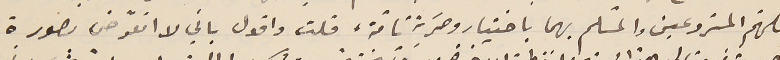
اللهّم المشروعين والمسلّم بهما باختيار وحَرية تامّة، قلت واقول باني لا اتعرّض بصورة